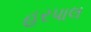
હરપાલ